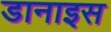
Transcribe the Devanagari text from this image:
डानाइस